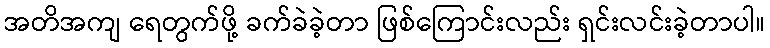
အတိအကျ ရေတွက်ဖို့ ခက်ခဲခဲ့တာ ဖြစ်ကြောင်းလည်း ရှင်းလင်းခဲ့တာပါ။